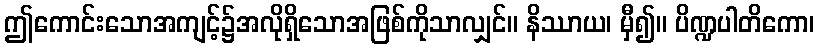
ဤကောင်းသောအကျင့်၌အလိုရှိသောအဖြစ်ကိုသာလျှင်။ နိဿာယ၊ မှီ၍။ ပိဏ္ဍပါတိကော၊